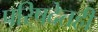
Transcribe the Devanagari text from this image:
परिषदेतही